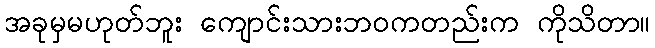
အခုမှမဟုတ်ဘူး ကျောင်းသားဘဝကတည်းက ကိုသိတာ။